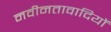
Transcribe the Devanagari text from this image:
नवीनतावादियों